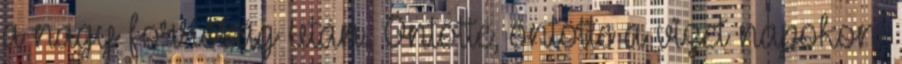
a nagy forróság után. Öntötte, öntötte a vizet napokon,